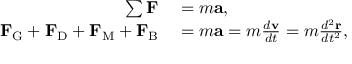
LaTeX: \begin{array} { r l } { \sum \mathbf { F } } & { { } = m \mathbf { a } , } \\ { \mathbf { F } _ { \mathrm { G } } + \mathbf { F } _ { \mathrm { D } } + \mathbf { F } _ { \mathrm { M } } + \mathbf { F } _ { \mathrm { B } } } & { { } = m \mathbf { a } = m { \frac { d \mathbf { v } } { d t } } = m { \frac { d ^ { 2 } \mathbf { r } } { d t ^ { 2 } } } , } \end{array}